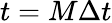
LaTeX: t=M\Delta t